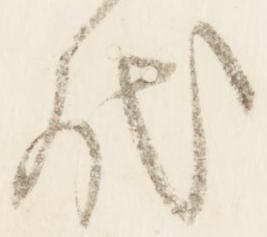
代